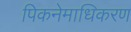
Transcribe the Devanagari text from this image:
पिकनेमाधिकरण